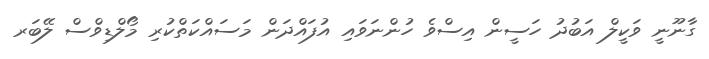
ގާނޫނީ ވަކީލް އަބުދު ހަސީން އިސްވެ ހުންނަވައި އުފައްދަން މަސައްކަތްކުރި މޯލްޑިވްސް ލޭބަރ